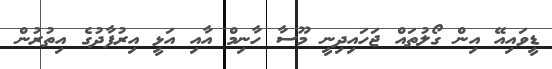
ޑީވައިއޭ އިން ގޯލުތައް ޖަހައިދިނީ މޫސާ ހާނިމް އާއި އަޅީ އިރުފާދުގެ އިތުރުން